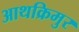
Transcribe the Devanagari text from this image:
आथक्रिमुर